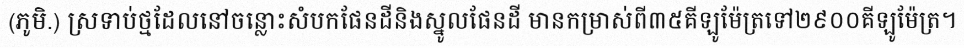
(ភូមិ.) ស្រទាប់ថ្មដែលនៅចន្លោះសំបកផែនដីនិងស្នូលផែនដី មានកម្រាស់ពី៣៥គីឡូម៉ែត្រទៅ២៩០០គីឡូម៉ែត្រ។